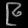
Digit: ၉